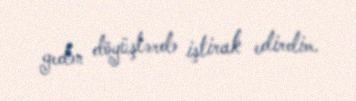
gedən döyüşlərdə iştirak edirdim.